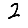
Digit: 2